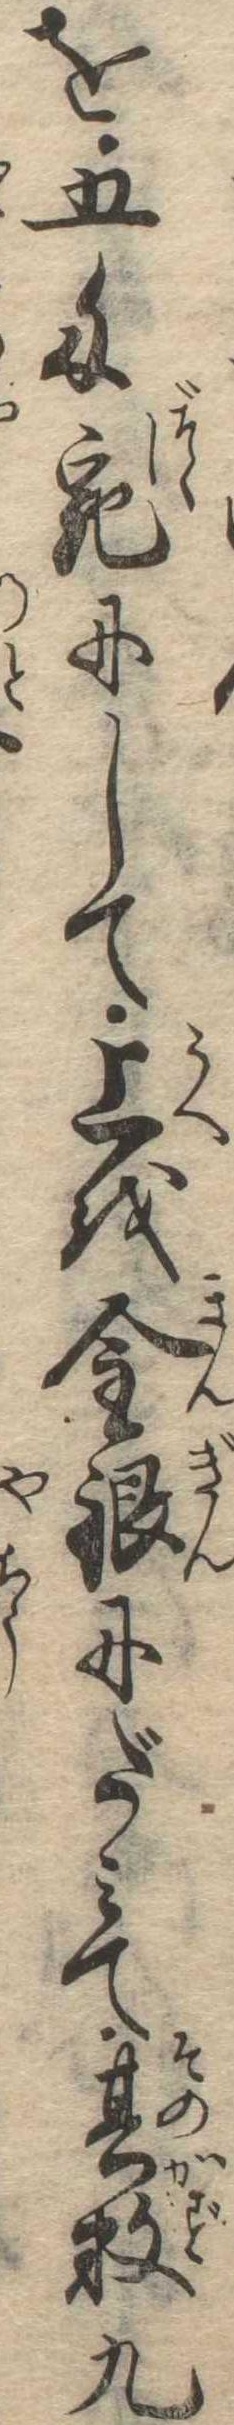
を五匁宛にして上を金銀にだみて其数九